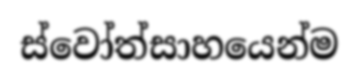
ස්වෝත්සාහයෙන්ම